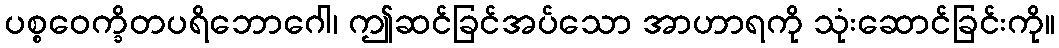
ပစ္စဝေက္ခိတပရိဘောဂေါ၊ ဤဆင်ခြင်အပ်သော အာဟာရကို သုံးဆောင်ခြင်းကို။